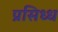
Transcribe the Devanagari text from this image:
प्रसिध्‍ध